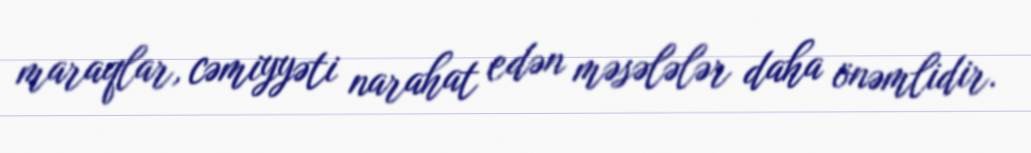
maraqlar, cəmiyyəti narahat edən məsələlər daha önəmlidir.